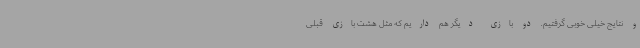
و نتایج خیلی خوبی گرفتیم. دو بازی دیگر هم داریم که مثل هشت بازی قبلی